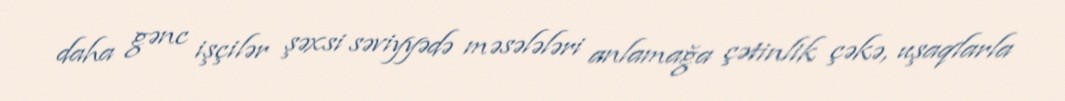
daha gənc işçilər şəxsi səviyyədə məsələləri anlamağa çətinlik çəkə, uşaqlarla